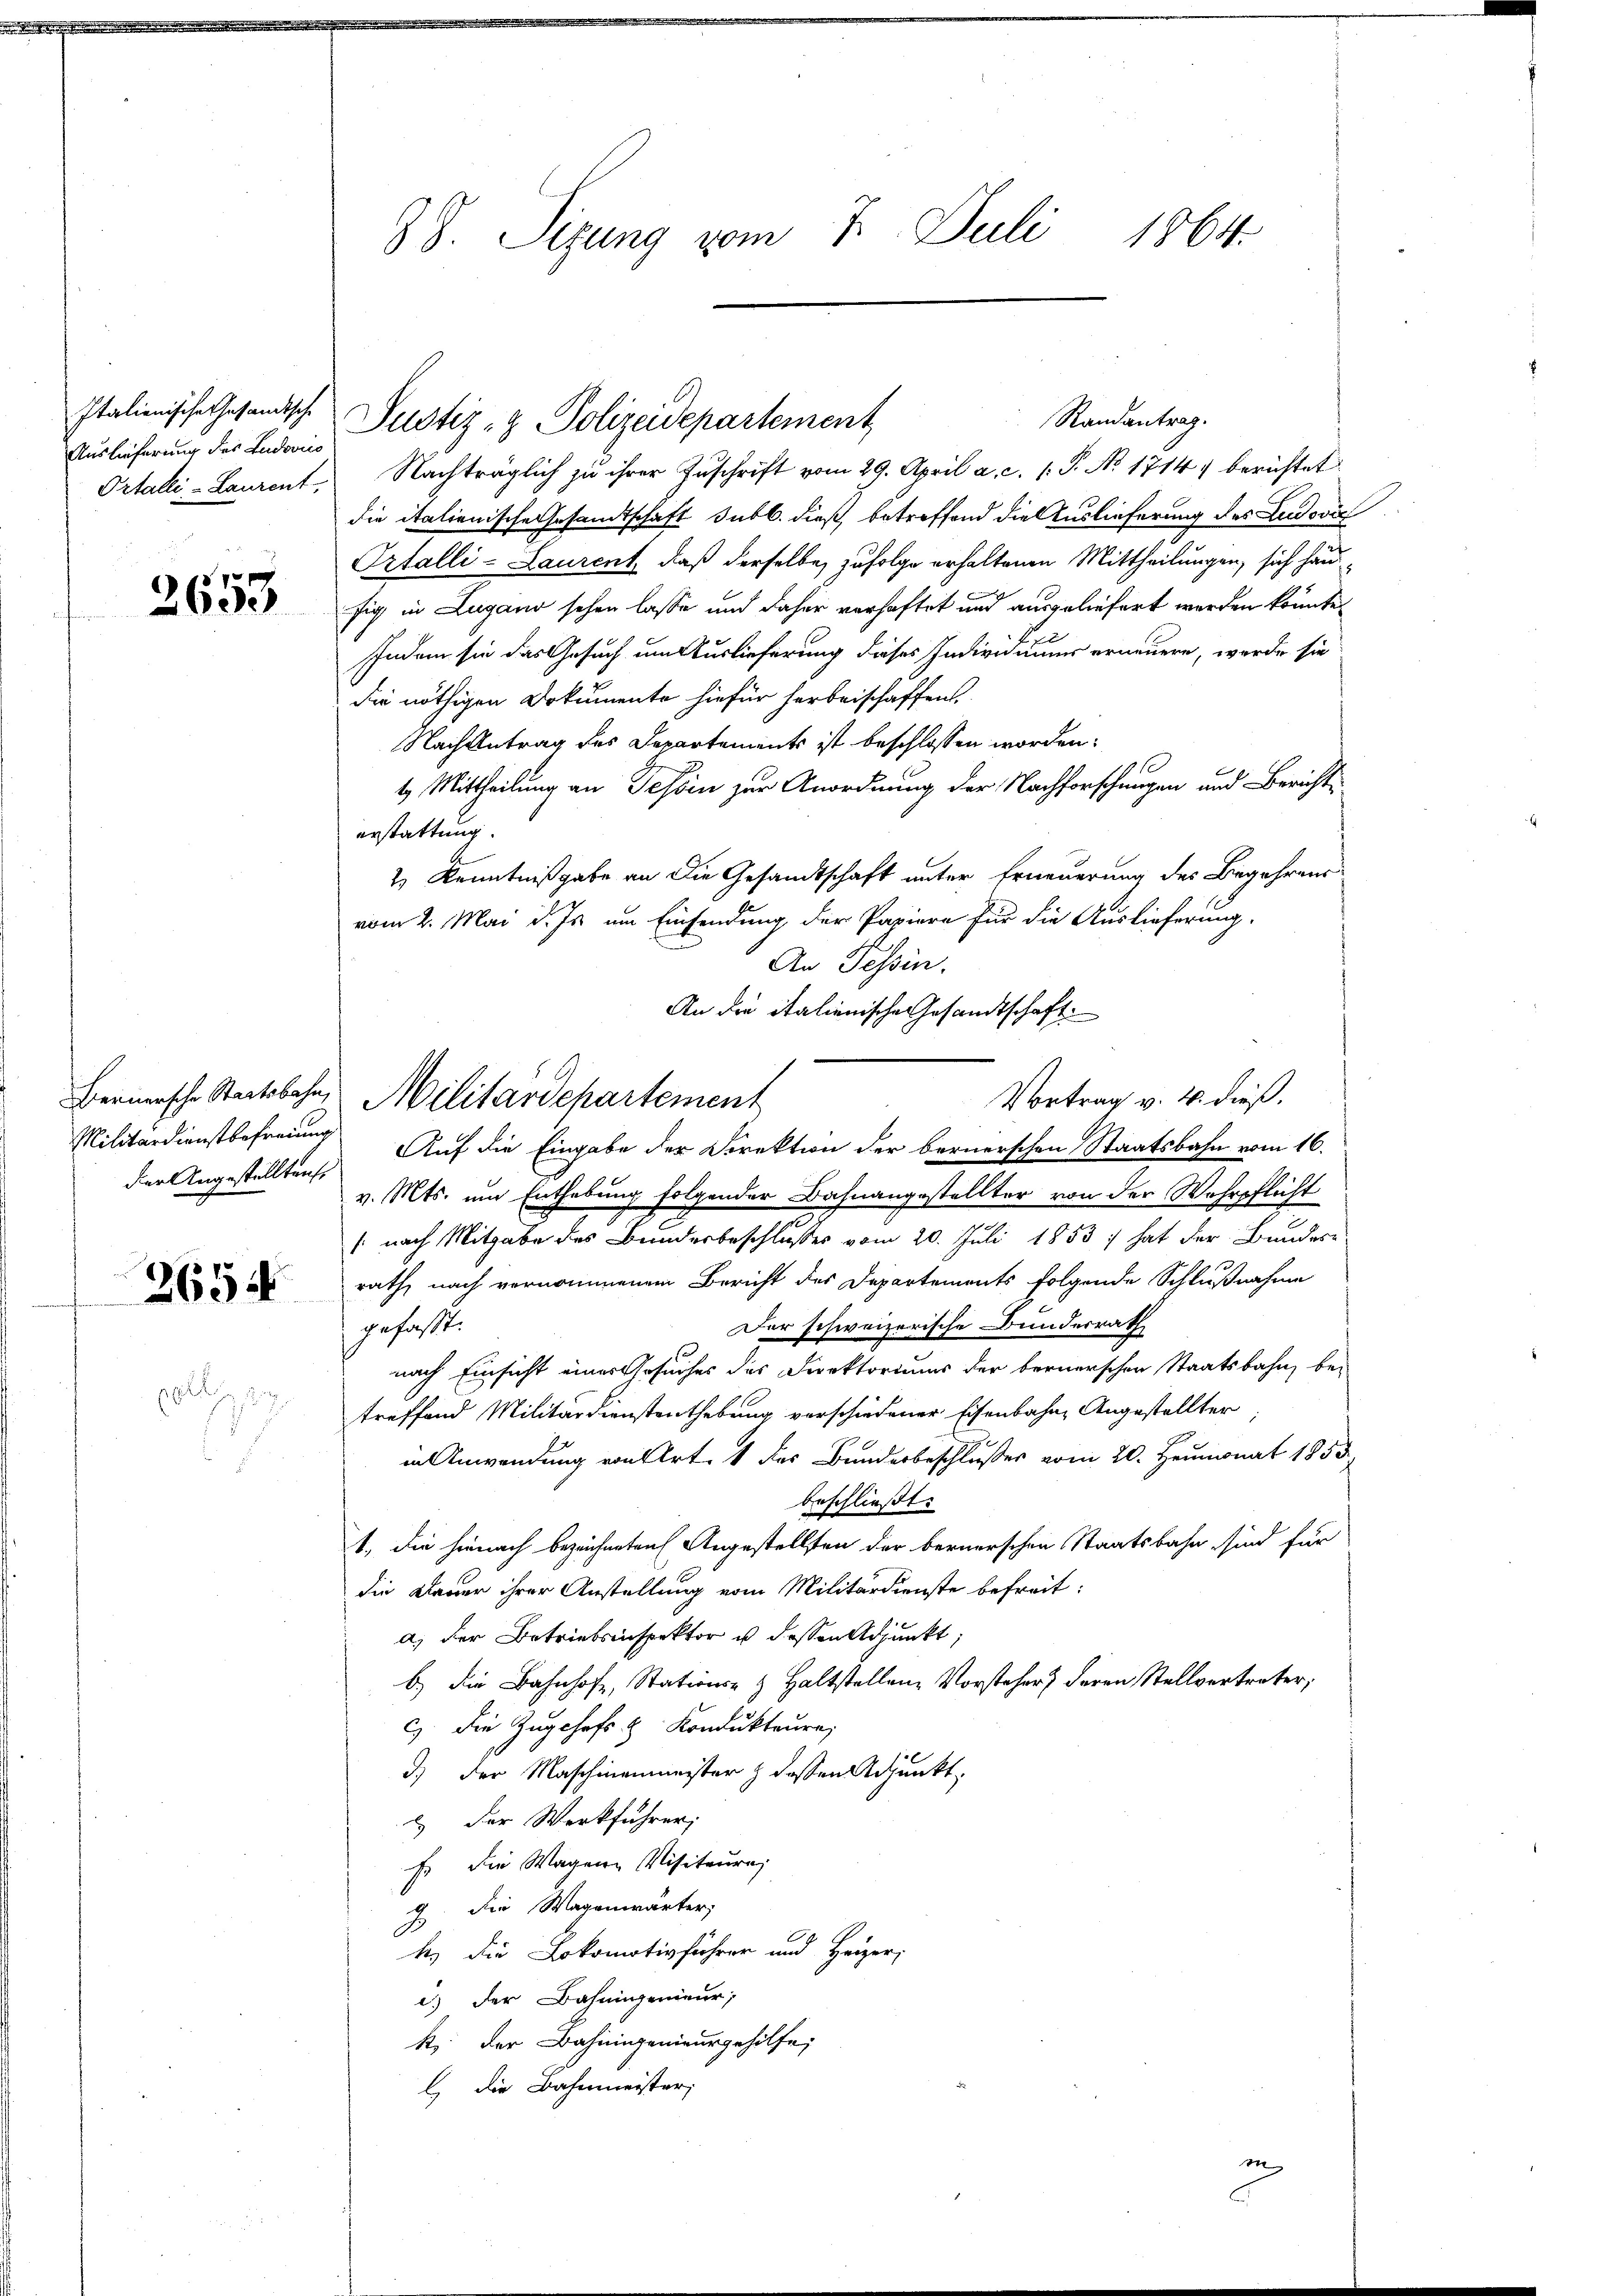
Italienische Gesandtsche
Auslieferung des Ludovics

2653

der Angestellten.

2654

3 S. Sizung vom 7. Juli 1864.

Ortalli - Laurent. Nachträglich zu ihrer Zuschrift vom 29. April a. c. P. No 1714. berichtet
die italienische Gesandtschaft subl. dieß, betreffend die Auslieferung des Ludovi
Ortalli-Laurent, daß derselbe zufolge erhaltenen Mittheilungen, sich häufig in Lugano sehen lasse und daher verhaftet und ausgeliefert werden könnte,
Indem sie das Gesuch um Auslieferung dieses Individuums erneuere, werde sie
die nöthigen Dokumente hiefür herbeischaffen.
Nachantrag des Departements ist beschlossen worden:
1
t. Mittheilung an Tessin zur Anordnung der Nachforschungen und Bericht
erstattung.
2.) Kenntnißgabe an die Gesandtschaft unter Erneuerung des Begehrens-
vom 2. Mai d. Js. um Einsendung der Papiere für die Auslieferung,
An Tessin.
An die italienische Gesandtschaft
Militärdienstbefreiung Auf die Eingabe der Direktion der bernerschen Staatsbahn vom 16.
v. Mts. um Enthebung folgender Bahnangestellter von der Wehrpflicht
/: nach Mitgabe des Bundesbeschlusses vom 20. Juli 1853 hat der Bundere
rath, nach vernommenem Bericht des Departements folgende Schlußnahme
Der schweizerische Bundesrath
gefaßt.
nach Einsicht eines Gesuches des Direktoriums der bernerschen Staatsbahn, be-
treffend Militärdienstenthebung verschiedener Eisenbahne Angestellter
in Anwendung von Art. 1 des Bunderbeschlußes vom 20. Heumonat 1853
beschließt:
1., die hienach bezeichneten Angestellten der bernerschen Staatsbahn sind für
die Dauer ihrer Anstellung vom Militärdienste befreit:
a) der Betriebsinspektor u. dessen Adjunkt,
b.) Die Bahnhofe, Stations- & Haltstellen, Vorsteher deren Stellvertreter,
c) die Zugehefs & Kondukteure,
d) der Maschinenmeister z dessen Adjunkt,
2.) Der Werkführer;
E. Die Wagene Visiteure
g. Die Wagenwärter;
4
b. die Lokomotivführer und Heizer,
i) der Bahningenieur,
k. der Bahningenieurgehilfe,
l die Bahnmeister,

Bernersche Staatsbahn, Militärdepartement

Justiz- & Polizeidepartement

Randantrag.

Vortrag v. 4. dieß.